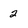
Character: 2